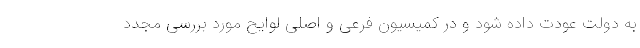
به دولت عودت داده شود و در کمیسیون فرعی و اصلی لوایح مورد بررسی مجدد